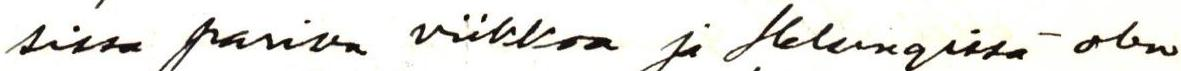
sissa parisen viikkoa ja Helsingissä olen